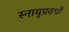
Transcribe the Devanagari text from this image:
स्नायुप्रवर्धों